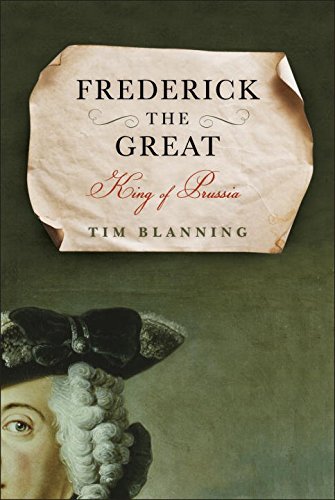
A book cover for Frederick the Great: King of Prussia; Tim Blanning; Biographies & Memoirs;